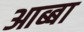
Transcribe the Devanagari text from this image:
आब्बा